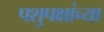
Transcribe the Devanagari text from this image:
पशुपक्षांच्या